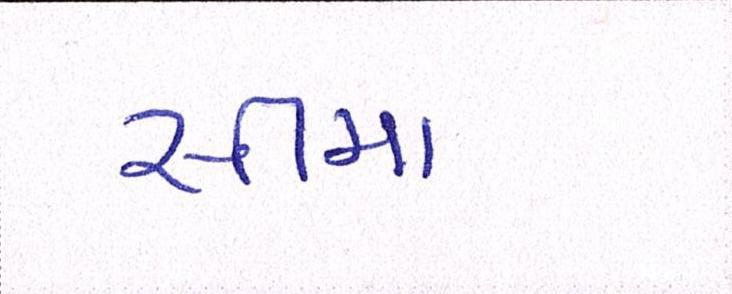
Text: સીમા